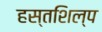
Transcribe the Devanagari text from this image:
हस्तशिल्‍प